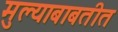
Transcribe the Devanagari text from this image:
मुल्याबाबतीत